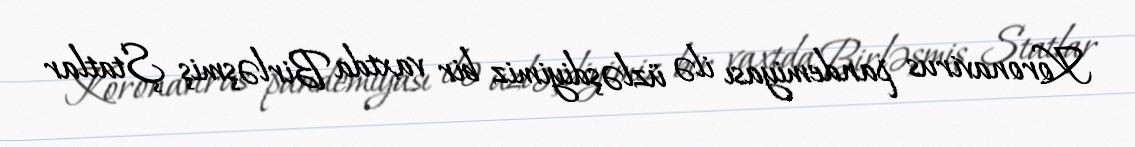
Koronavirus pandemiyası ilə üzləşdiyimiz bir vaxtda Birləşmiş Ştatlar